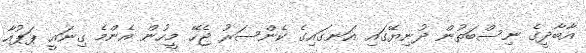
އާބާދީގެ ނިސްބަތުން ދުނިޔޭގައި އަނގައިގެ ކެންސަރު ޖެހޭ މީހުން އެންމެ ގިނައީ ޕަޕުއާ